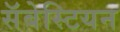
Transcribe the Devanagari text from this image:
सॅबेस्टियन